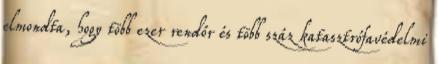
elmondta, hogy több ezer rendőr és több száz katasztrófavédelmi